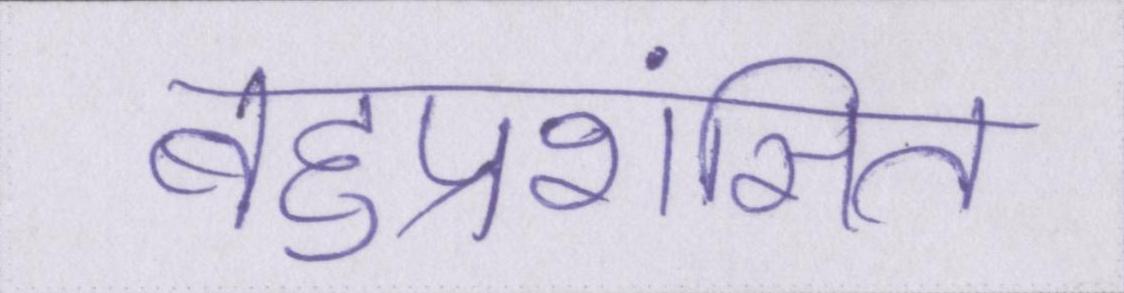
बहुप्रशंसित